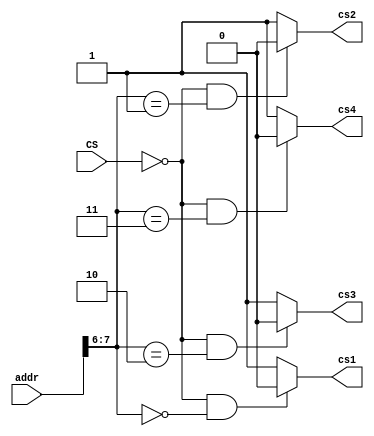
module decode_cmb2 (addr, CS, cs1, cs2, cs3, cs4);

input  [7:0]      addr; // only the 2 MSB bits used
input             CS;  // Low effect
output cs1, cs2, cs3, cs4; // Low effect
wire    cs1, cs2, cs3, cs4;


parameter chip1_decode = 2'b00,
          chip2_decode = 2'b01,
          chip3_decode = 2'b10,
          chip4_decode = 2'b11;

assign cs1 = (!CS && (addr[7:6] == chip1_decode))? 0 : 1 ;  
assign cs2 = (!CS && (addr[7:6] == chip2_decode))? 0 : 1 ;  
assign cs3 = (!CS && (addr[7:6] == chip3_decode))? 0 : 1 ;  
assign cs4 = (!CS && (addr[7:6] == chip4_decode))? 0 : 1 ;  
        

endmodule